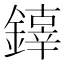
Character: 𨬟